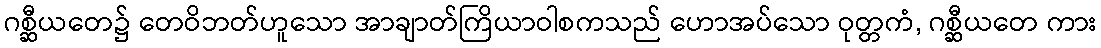
ဂစ္ဆီယတေ၌ တေဝိဘတ်ဟူသော အာချာတ်ကြိယာဝါစကသည် ဟောအပ်သော ဝုတ္တကံ, ဂစ္ဆီယတေ ကား